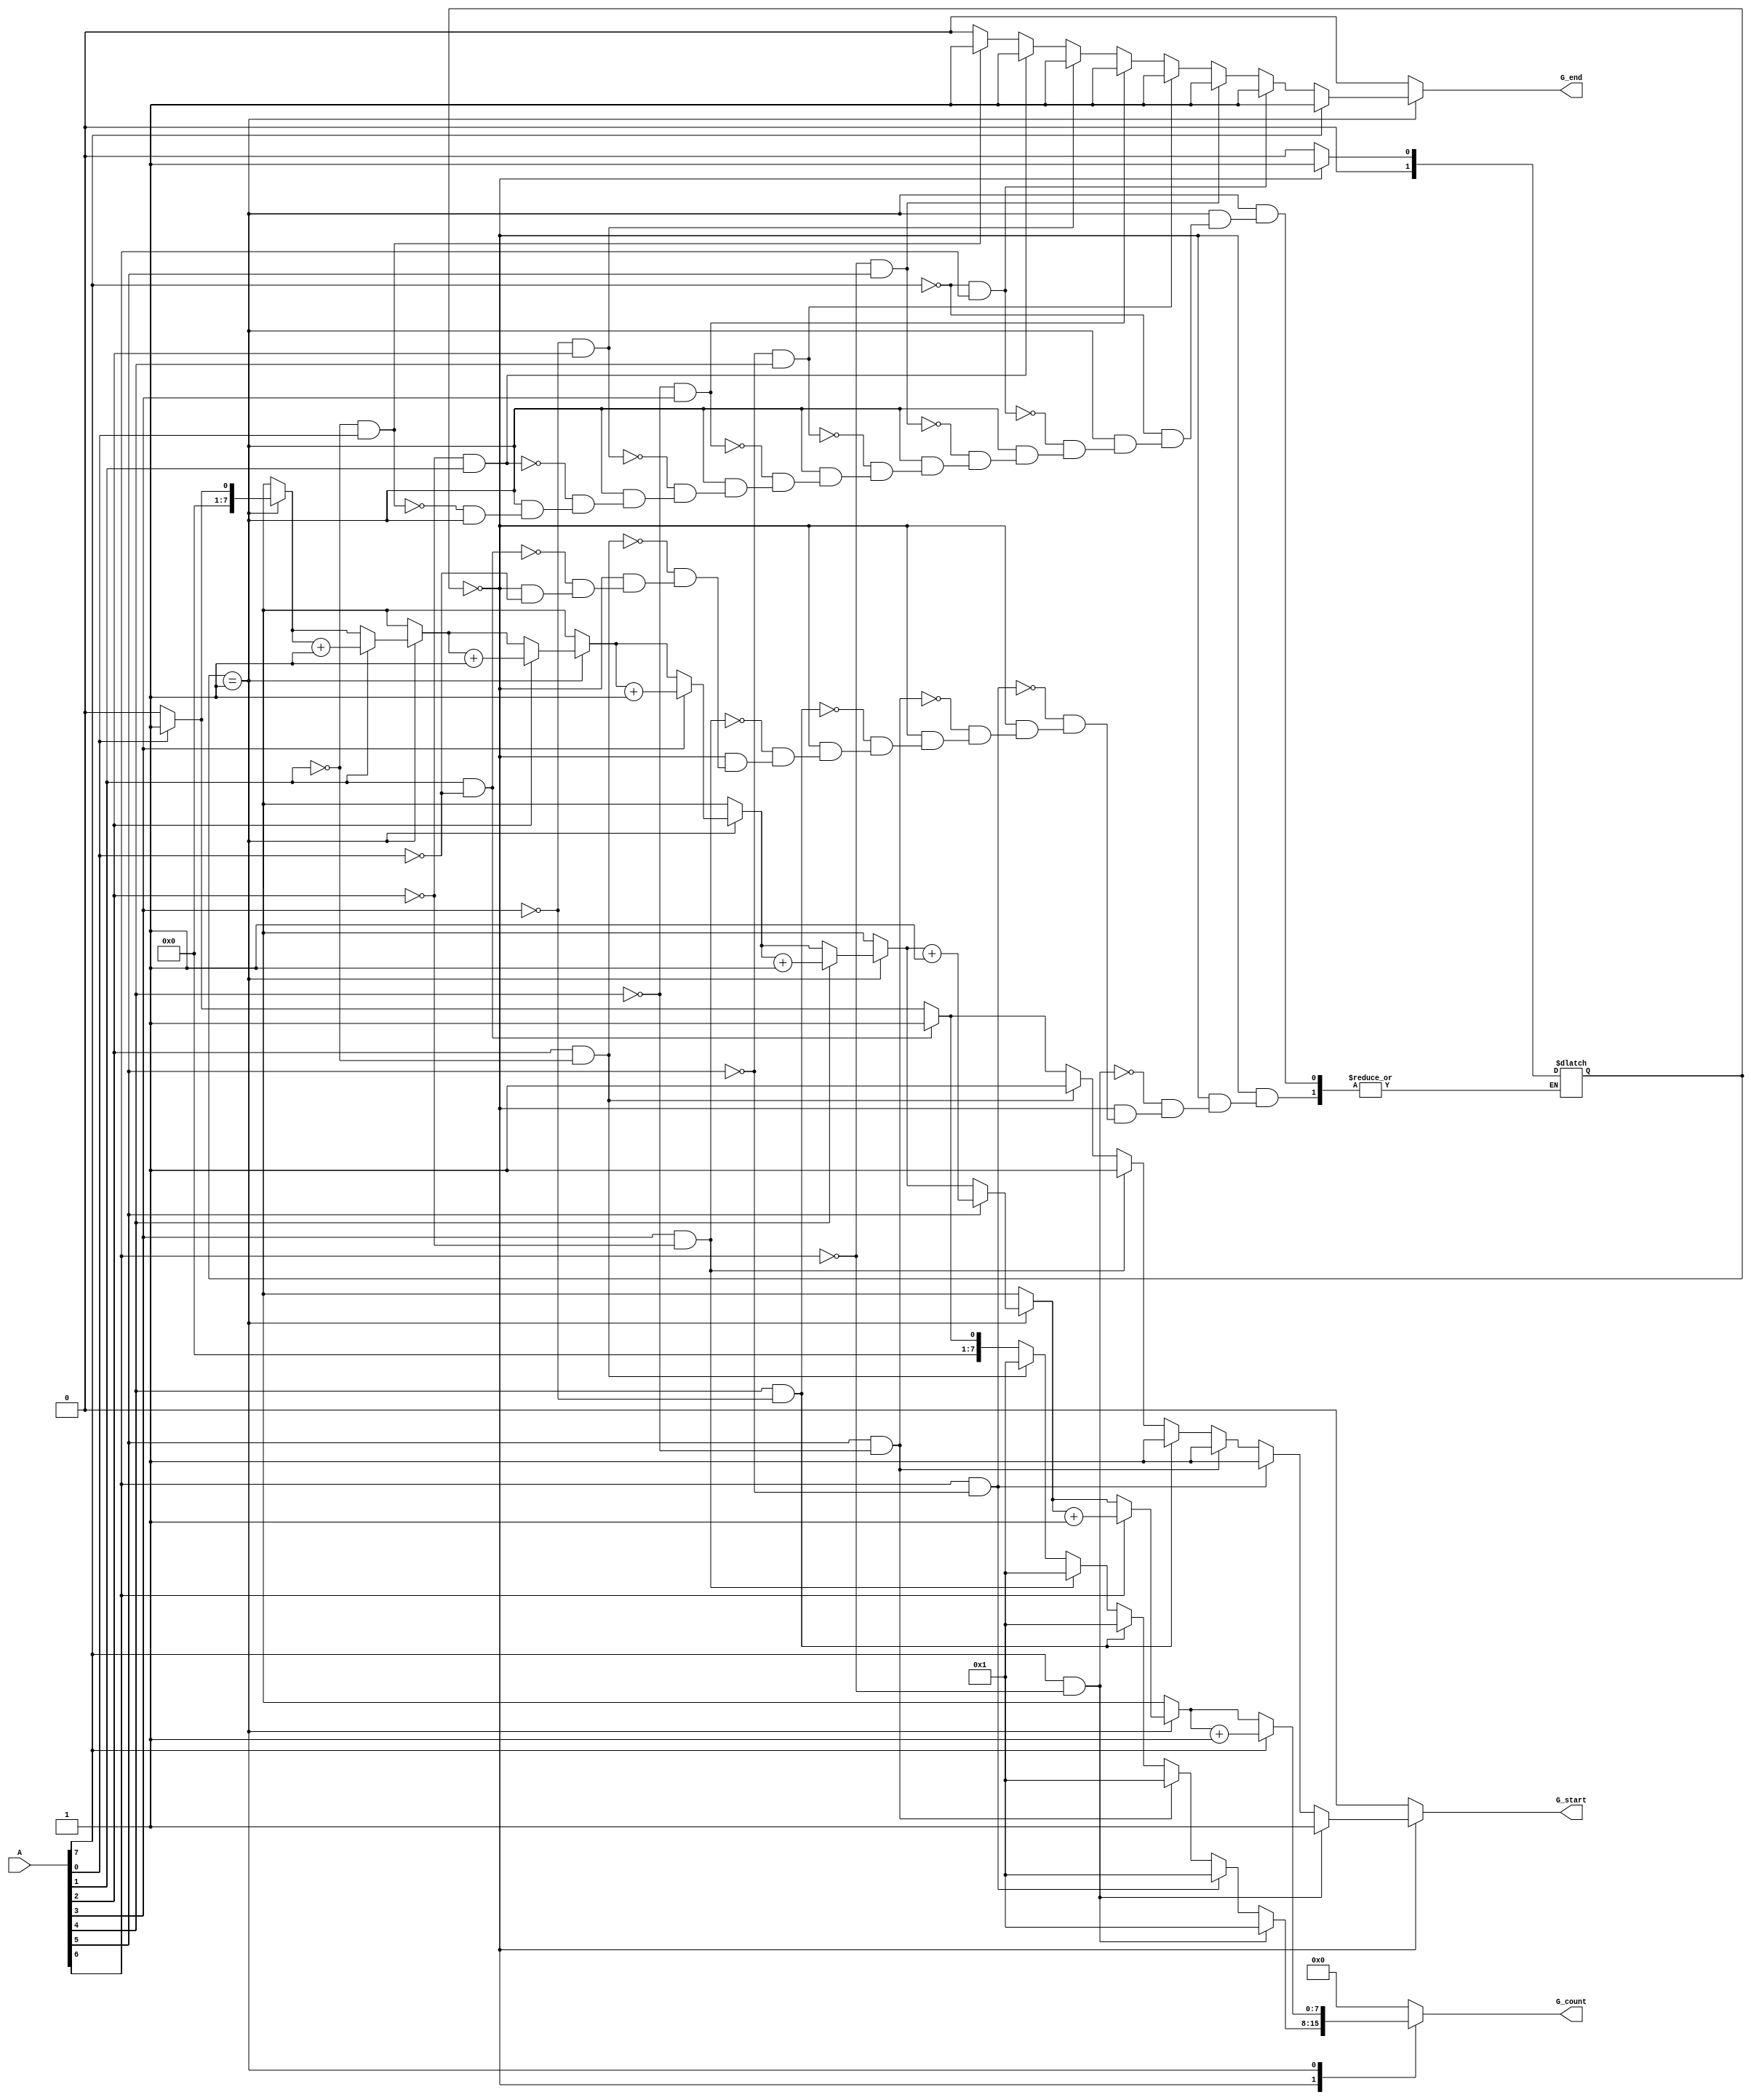
module GroupingOfOnes #(parameter WIDTH = 8) (
    input wire [WIDTH-1:0] A,
    output reg G_start,
    output reg G_end,
    output reg [WIDTH-1:0] G_count
);

    reg [1:0] state; // 0: idle, 1: counting, 2: end of group
    integer i;

    always @(*) begin
        // Default values
        G_start = 0;
        G_end = 0;
        G_count = 0;

        // State machine to detect groups of 1s
        case (state)
            0: begin // Idle state
                for (i = 0; i < WIDTH; i = i + 1) begin
                    if (A[i] == 1'b1 && (i == 0 || A[i-1] == 1'b0)) begin
                        G_start = 1; // Start of a new group
                        state = 1;   // Transition to counting
                        G_count = 1; // Initialize count
                    end
                end
            end

            1: begin // Counting state
                for (i = 0; i < WIDTH; i = i + 1) begin
                    if (A[i] == 1'b1) begin
                        G_count = G_count + 1; // Increment count for contiguous 1s
                    end
                    if (A[i] == 1'b0 && (i > 0 && A[i-1] == 1'b1)) begin
                        G_end = 1; // End of the group
                        state = 0; // Transition back to idle
                    end
                end
                // Handle the case where the last bit is a '1'
                if (A[WIDTH-1] == 1'b1) begin
                    G_end = 1; // End of the group at last position
                    state = 0; // Transition back to idle
                end
            end

            default: state = 0; // Reset to idle on unexpected state
        endcase
    end

endmodule